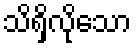
သိရှိလိုသော